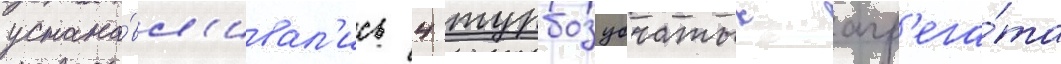
устана́вл'ивал'ись 4 турбозубчатых агр'ега́та